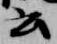
云